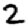
Digit: 2